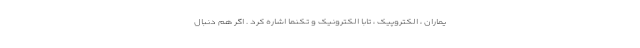
یماران ، الکتروپیک ، تابا الکترونیک و تکنما اشاره کرد . اگر هم دنبال